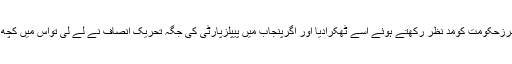
اگرپنجاب نے پیپلزپارٹی کے طرزِحکومت کومدّ ِنظر رکھتے ہوئے اُسے ٹھکرادیا اور اگرپنجاب میں پیپلزپارٹی کی جگہ تحریکِ انصاف نے لے لی تواِس میں کچھ قصورتو پیپلزپارٹی کابھی ہوگا۔